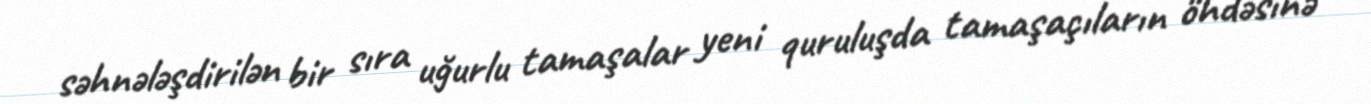
səhnələşdirilən bir sıra uğurlu tamaşalar yeni quruluşda tamaşaçıların öhdəsinə